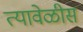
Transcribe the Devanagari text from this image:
त्यावेळीस